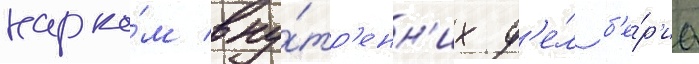
нарко́м вну́тр'енн'их д'е́л б'е́р'иа